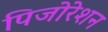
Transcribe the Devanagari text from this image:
पिजोरेशन